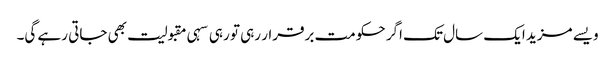
ویسے مزید ایک سال تک اگر حکومت برقرار رہی تو رہی سہی مقبولیت بھی جاتی رہے گی۔